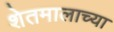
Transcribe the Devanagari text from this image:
शेतमालाच्या